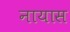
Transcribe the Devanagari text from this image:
नायास